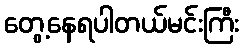
တွေ့နေရပါတယ်မင်းကြီး